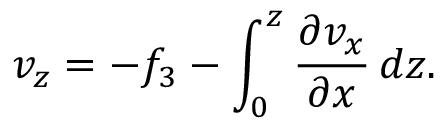
v _ { z } = - f _ { 3 } - \int _ { 0 } ^ { z } \frac { \partial v _ { x } } { \partial x } \, d z .